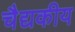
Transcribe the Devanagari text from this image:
चैद्यकीय